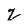
Character: 2